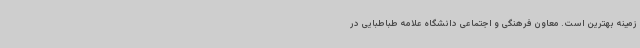
زمینه بهترین است. معاون فرهنگی و اجتماعی دانشگاه علامه طباطبایی در